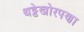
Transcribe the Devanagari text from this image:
थट्टेखोरपणा